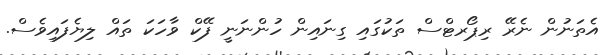
އެތަނުން ނެރޭ ރިޕޯރޓްސް ތަކުގައި ގިނައިން ހުންނަނީ ފޭކް ވާހަކަ ތައް ލިޔެފައިވެސް.